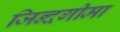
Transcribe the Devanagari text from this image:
जिन्दगीमा